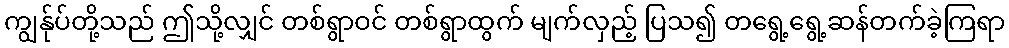
ကျွန်ုပ်တို့သည် ဤသို့လျှင် တစ်ရွာဝင် တစ်ရွာထွက် မျက်လှည့် ပြသ၍ တရွေ့ရွေ့ဆန်တက်ခဲ့ကြရာ